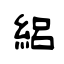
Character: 絽